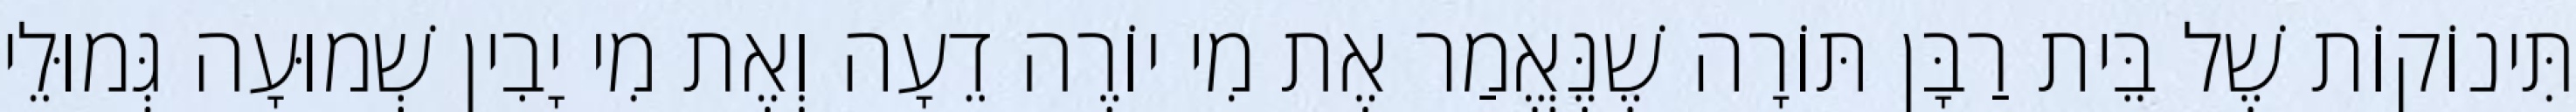
תִּינוֹקוֹת שֶׁל בֵּית רַבָּן תּוֹרָה שֶׁנֶּאֱמַר אֶת מִי יוֹרֶה דֵעָה וְאֶת מִי יָבִין שְׁמוּעָה גְּמוּלֵי